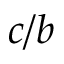
c / b